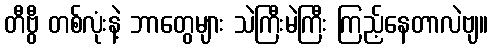
တီဗွီ တစ်လုံးနဲ့ ဘာတွေများ သဲကြီးမဲကြီး ကြည့်နေတာလဲဗျ။